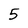
Character: 5